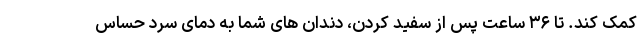
کمک کند. تا ۳۶ ساعت پس از سفید کردن، دندان های شما به دمای سرد حساس